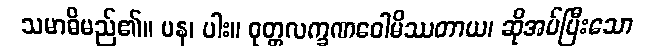
သမာဓိမည်၏။ ပန၊ ပါး။ ဝုတ္တလက္ခဏဝေါမိဿတာယ၊ ဆိုအပ်ပြီးသော